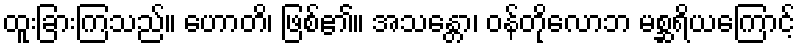
ထူးခြားကြသည်။ ဟောတိ၊ ဖြစ်၏။ အသန္တော၊ ဝန်တိုလောဘ မစ္ဆရိယကြောင့်